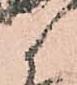
候